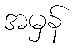
အမှန်